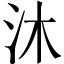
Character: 沐